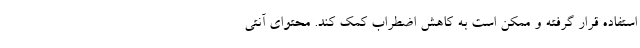
استفاده قرار گرفته و ممکن است به کاهش اضطراب کمک کند. محتوای آنتی